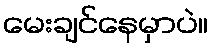
မေးချင်နေမှာပဲ။